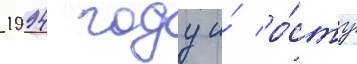
1994 году и́ ро́сту